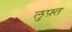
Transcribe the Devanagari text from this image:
लुफ़्त